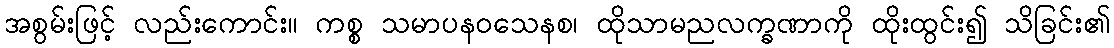
အစွမ်းဖြင့် လည်းကောင်း။ ကစ္စ သမာပနဝသေနစ၊ ထိုသာမညလက္ခဏာကို ထိုးထွင်း၍ သိခြင်း၏